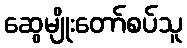
ဆွေမျိုးတော်စပ်သူ